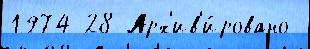
1974 28 Арх'ив'и́ровано